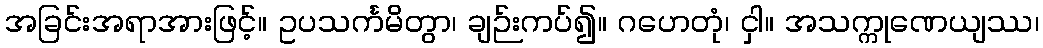
အခြင်းအရာအားဖြင့်။ ဥပသင်္ကမိတွာ၊ ချဉ်းကပ်၍။ ဂဟေတုံ၊ ငှါ။ အသက္ကုဏေယျဿ၊